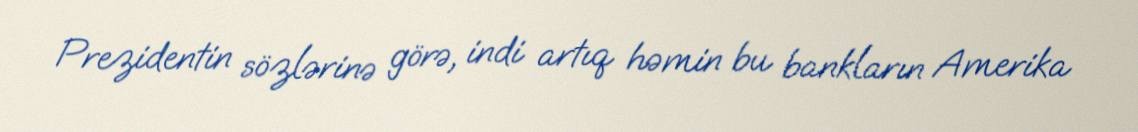
Prezidentin sözlərinə görə, indi artıq həmin bu bankların Amerika